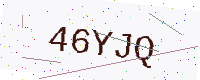
Text: 46YJQ